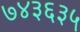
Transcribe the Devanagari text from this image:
७४३६३५